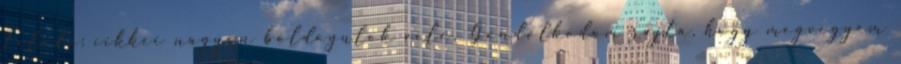
Feladó: cikkei nagyon boldogulok vele. Gondolkodom rajta, hogy megvegyem